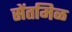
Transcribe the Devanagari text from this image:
सेंतमिळ